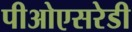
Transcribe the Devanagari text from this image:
पीओएसरेडी